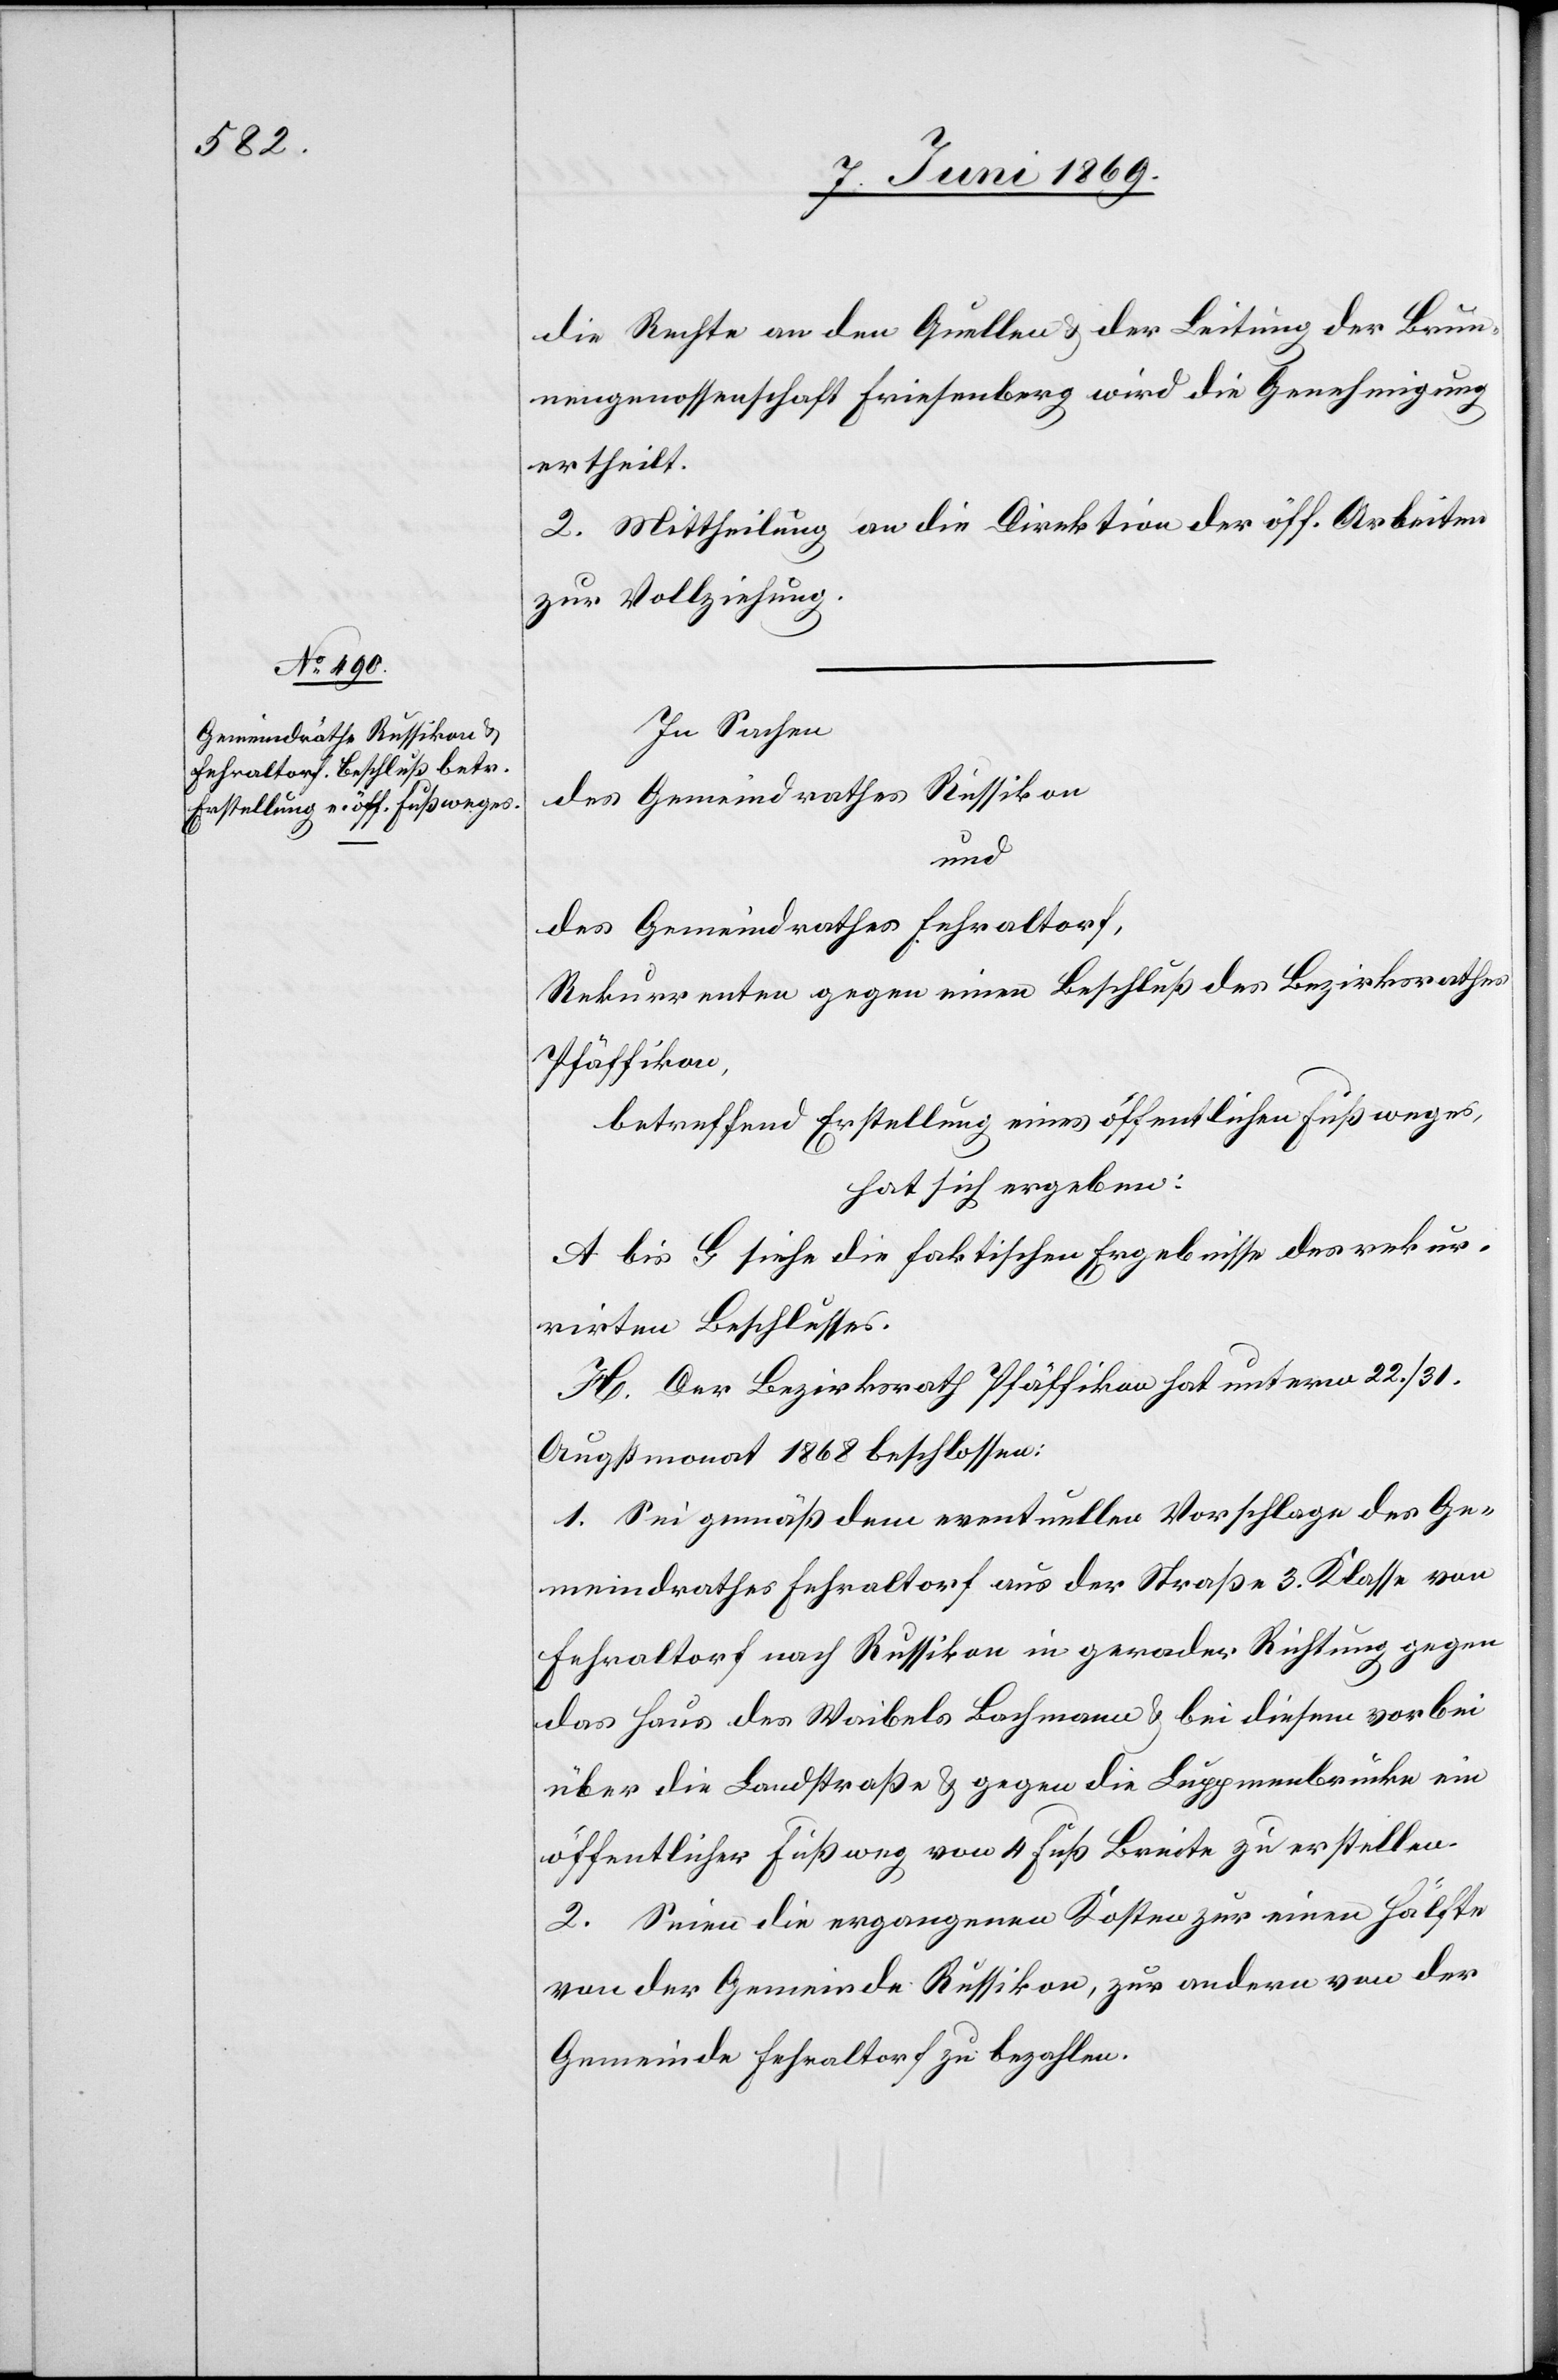
die Rechte an den Quellen u. der Leitung der Brun¬
nengenossenschaft Friesenberg wird die Genehmigung
ertheilt.
2. Mittheilung an die Direktion der öff. Arbeiten
zur Vollziehung.
In Sachen
des Gemeindrathes Russikon
und
des Gemeindrathes Fehraltorf,
Rekurrenten gegen einen Beschluß des Bezirksrathes
Pfäffikon,
betreffend Erstellung eines öffentlichen Fußweges,
hat sich ergeben:
A bis G siehe die faktischen Ergebnisse des rekur¬
rirten Beschlusses.
H. Der Bezirksrath Pfäffikon hat unterm 22./31.
Augustmonat 1868 beschlossen:
1. Sei gemäß dem eventuellen Vorschlage des Ge¬
meindrathes Fehraltorf aus der Straße 3. Klasse von
Fehraltorf nach Russikon in gerader Richtung gegen
das Haus des Waibels Bachmann u. bei diesem vorbei
über die Landstraße u. gegen die Luppenbrücke ein
öffentlicher Fußweg von 4 Fuß Breite zu erstellen.
2. Seien die ergangenen Kosten zur einen Hälfte
von der Gemeinde Russikon zur andern von der
Gemeinde Fehraltorf zu bezahlen.